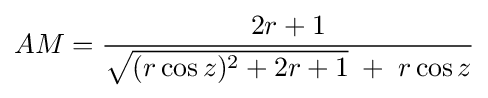
AM={\frac {2r+1}{{\sqrt {(r\cos z)^{2}+2r+1}}\;+\;r\cos z}}